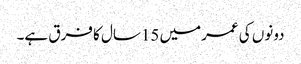
دونوں کی عمرمیں 15سال کا فرق ہے۔